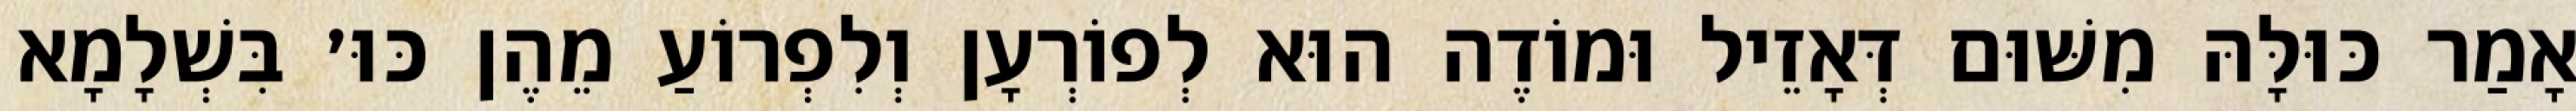
אָמַר כּוּלָּהּ מִשּׁוּם דְּאָזֵיל וּמוֹדֶה הוּא לְפוֹרְעָן וְלִפְרוֹעַ מֵהֶן כּוּ׳ בִּשְׁלָמָא